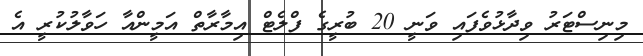
މިނިސްޓަރު ވިދާޅުވެފައި ވަނީ 20 ބުރީގެ ފްލެޓް އިމާރާތް އަމީންއާ ހަވާލުކުރީ އެ